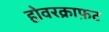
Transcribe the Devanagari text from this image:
होवरक्राफ़ट